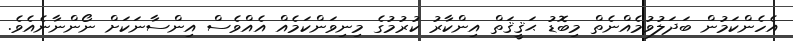
އެހެންކަމުން ބަދަލުވުމެއްނެތް މިބޮޑު ޙަޤީޤަތް އިންކާރު ކުރުމުގެ މިނިވަންކަމެއް އެއްވެސް އިންސާނަކަށް ނޯންނާނެއެވެ.